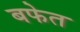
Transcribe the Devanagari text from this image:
बफेत